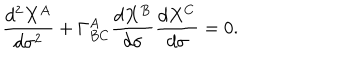
LaTeX: \frac { d ^ { 2 } X ^ { A } } { d \sigma ^ { 2 } } + \Gamma _ { B C } ^ { A } \frac { d X ^ { B } } { d \sigma } \frac { d X ^ { C } } { d \sigma } = 0 .